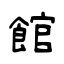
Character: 館